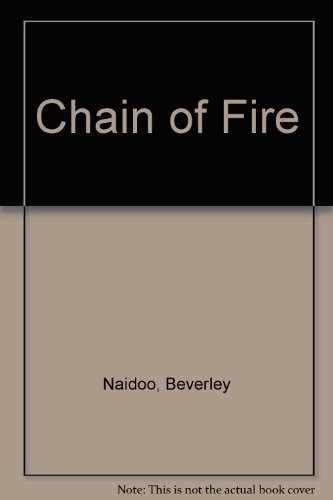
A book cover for Chain of Fire; Beverley Naidoo; Teen & Young Adult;